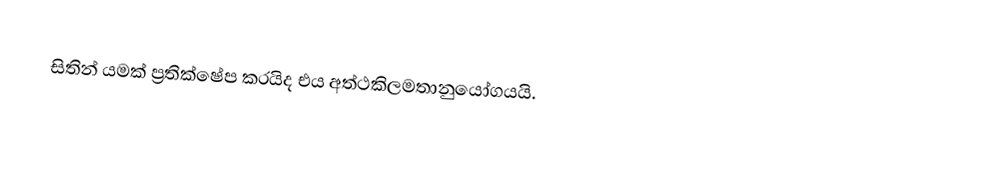
සිතින් යමක් ප්‍රතික්ෂේප කරයිද එය අත්ථකිලමතානුයෝගයයි.